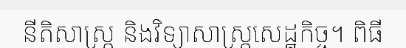
នីតិសាស្ត្រ និងវិទ្យាសាស្ត្រសេដ្ឋកិច្ច។ ពិធី